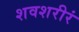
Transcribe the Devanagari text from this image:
शवशरीरं